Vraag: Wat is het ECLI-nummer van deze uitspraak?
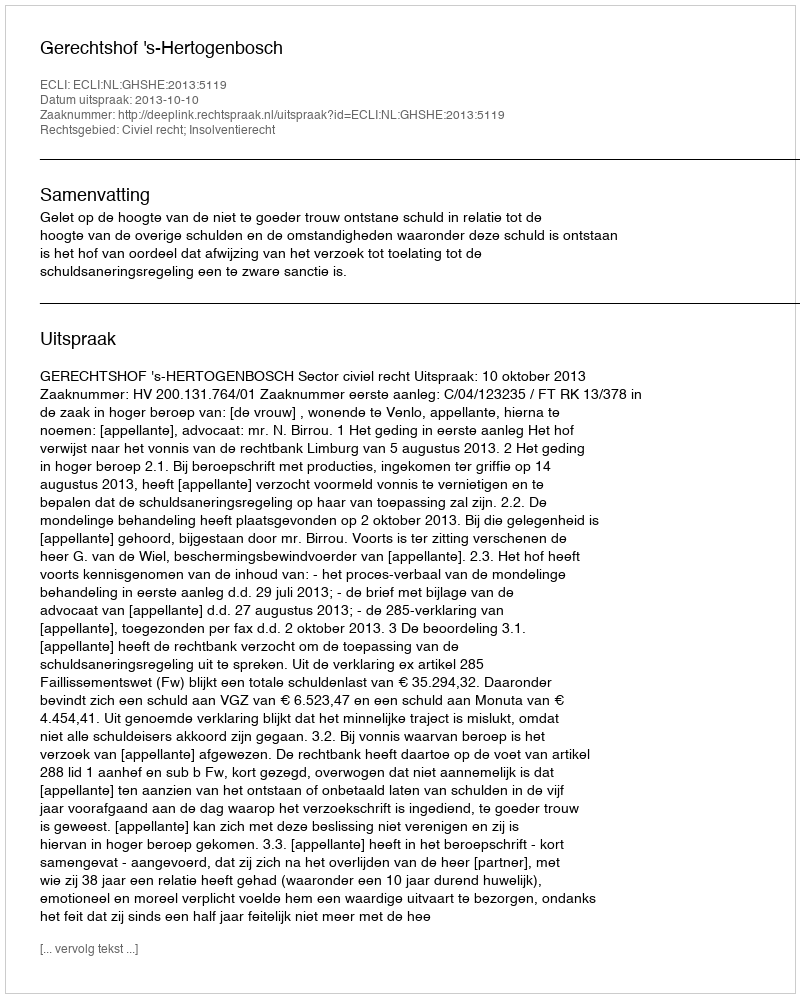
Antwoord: ECLI:NL:GHSHE:2013:5119